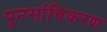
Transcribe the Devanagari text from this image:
पुनर्साचिकरण